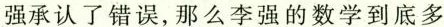
强承认了错误，那么李强的数学到底多